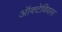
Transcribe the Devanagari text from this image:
ऑक्टेवियस